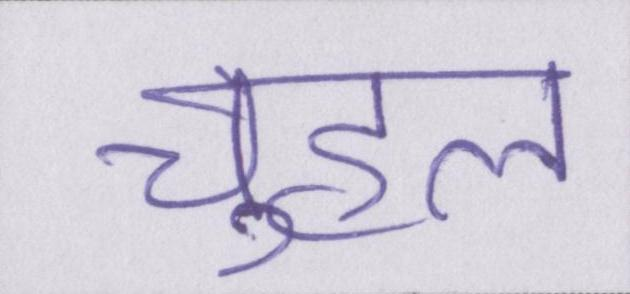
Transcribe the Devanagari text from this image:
चुहल